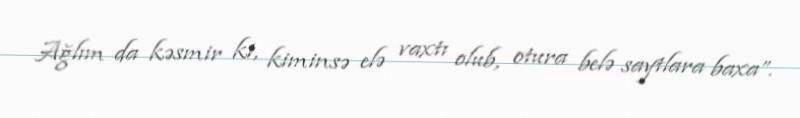
Ağlım da kəsmir ki, kiminsə elə vaxtı olub, otura belə saytlara baxa”.